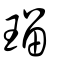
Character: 瑠